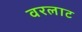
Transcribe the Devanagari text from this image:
वरलाट